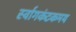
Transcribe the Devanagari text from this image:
र्स्वागकंटकमय